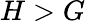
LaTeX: H>G